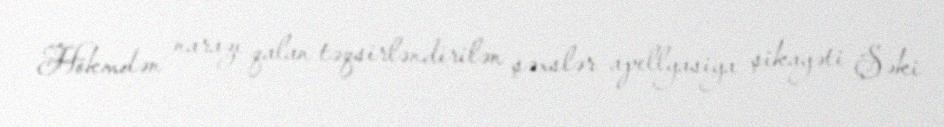
Hökmdən narazı qalan təqsirləndirilən şəxslər apellyasiya şikayəti Şəki